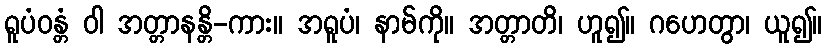
ရူပံဝန္တံ ဝါ အတ္တာနန္တိ-ကား။ အရူပံ၊ နာမ်ကို။ အတ္တာတိ၊ ဟူ၍။ ဂဟေတွာ၊ ယူ၍။